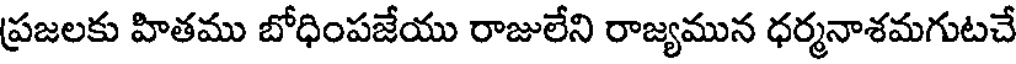
ప్రజలకు హితము బోధింపజేయు రాజులేని రాజ్యమున ధర్మనాశమగుటచే